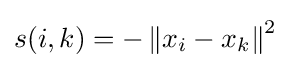
s(i,k)=-\left\|x_{i}-x_{k}\right\|^{2}